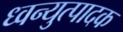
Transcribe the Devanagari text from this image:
ध्वन्युत्पादक